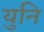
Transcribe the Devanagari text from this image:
युनि